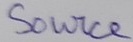
Text: Source